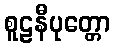
စူဠနီပုတ္တော